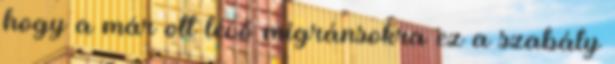
hogy a már ott lévő migránsokra ez a szabály